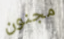
مجنون